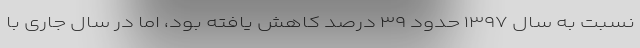
نسبت به سال ۱۳۹۷ حدود ۳۹ درصد کاهش یافته بود، اما در سال جاری با